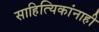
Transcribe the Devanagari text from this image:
साहित्यिकांनाही